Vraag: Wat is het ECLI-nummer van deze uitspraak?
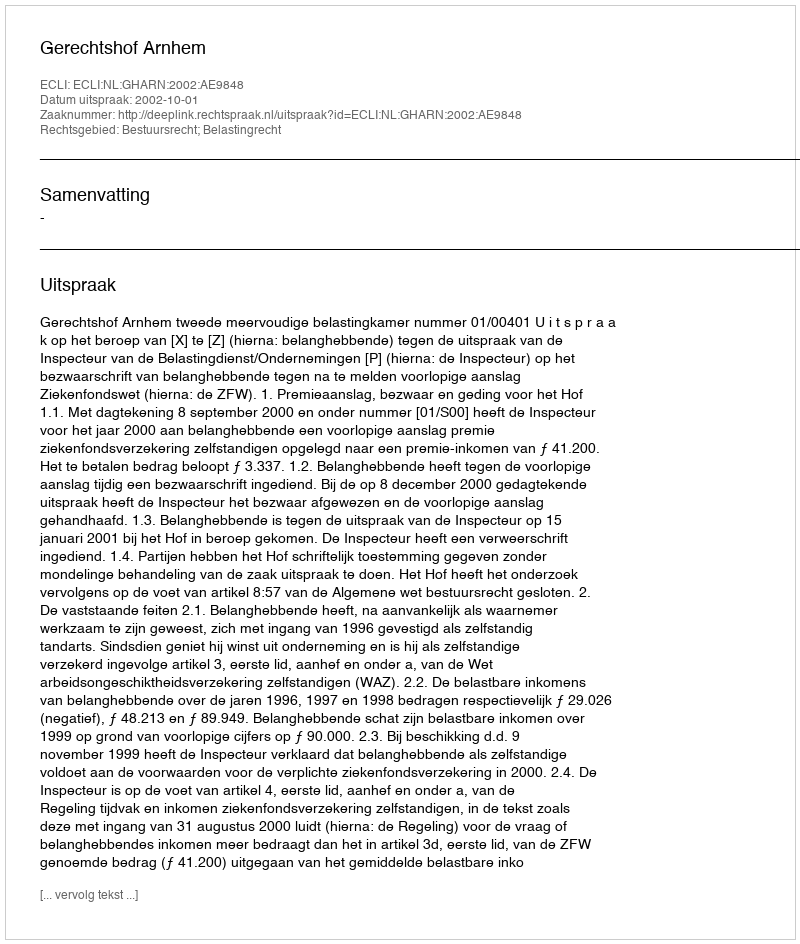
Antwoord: ECLI:NL:GHARN:2002:AE9848